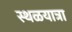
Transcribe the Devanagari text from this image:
स्थळयात्रा